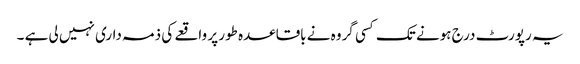
یہ رپورٹ درج ہونے تک کسی گروہ نے باقاعدہ طور پر واقعے کی ذمہ داری نہیں لی ہے ۔